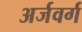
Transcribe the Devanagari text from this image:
अर्जवर्ग